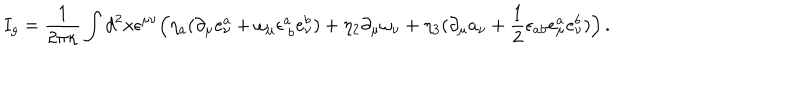
I _ { g } = \frac { 1 } { 2 \pi \kappa } \int d ^ { 2 } x \epsilon ^ { \mu \nu } \Bigl ( \eta _ { a } ( \partial _ { \mu } e _ { \nu } ^ { a } + \omega _ { \mu } \epsilon _ { ~ b } ^ { a } e _ { \nu } ^ { b } ) + \eta _ { 2 } \partial _ { \mu } \omega _ { \nu } + \eta _ { 3 } ( \partial _ { \mu } a _ { \nu } + \frac { 1 } { 2 } \epsilon _ { a b } e _ { \mu } ^ { a } e _ { \nu } ^ { b } ) \Bigr ) \, .